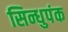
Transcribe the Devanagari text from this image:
सिन्धुपंक